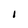
Character: I